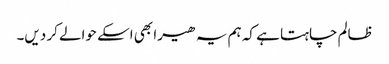
ظالم چاہتا ہے کہ ہم یہ ھیرا بھی اسکے حوالے کر دیں۔